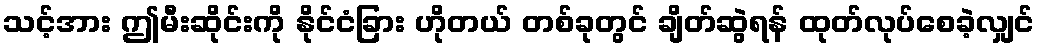
သင့်အား ဤမီးဆိုင်းကို နိုင်ငံခြား ဟိုတယ် တစ်ခုတွင် ချိတ်ဆွဲရန် ထုတ်လုပ်စေခဲ့လျှင်